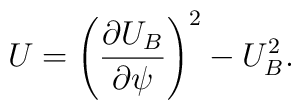
U = \left(\frac{\partial U_B}{\partial \psi}\right)^2 - U_B^2.